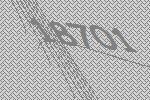
18701